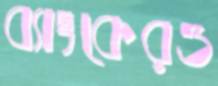
ব্যাংকেরও